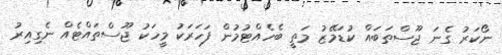
ނޯކަރު ގެނަ ޖޫސްތަބައް ކުޑަމޭޒު މަތީ ބެހެއްޓުމުން ފަހަރަކު މީހަކު ޖޫސްތައްޓެއް ނެގިއިރު